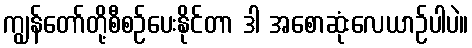
ကျွန်တော်တို့စီစဉ်ပေးနိုင်တာ ဒါ အစောဆုံးလေယာဉ်ပါပဲ။